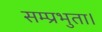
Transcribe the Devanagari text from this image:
सम्प्रभुता।